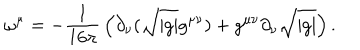
LaTeX: \omega ^ { \mu } = - { \frac { 1 } { 1 6 \pi } } \left( \partial _ { \nu } ( \sqrt { \vert g \vert } g ^ { \mu \nu } ) + g ^ { \mu \nu } \partial _ { \nu } \sqrt { \vert g \vert } \right) .